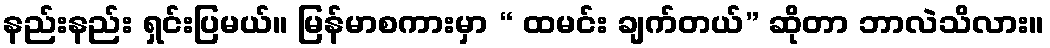
နည်းနည်း ရှင်းပြမယ်။ မြန်မာစကားမှာ “ ထမင်း ချက်တယ်” ဆိုတာ ဘာလဲသိလား။